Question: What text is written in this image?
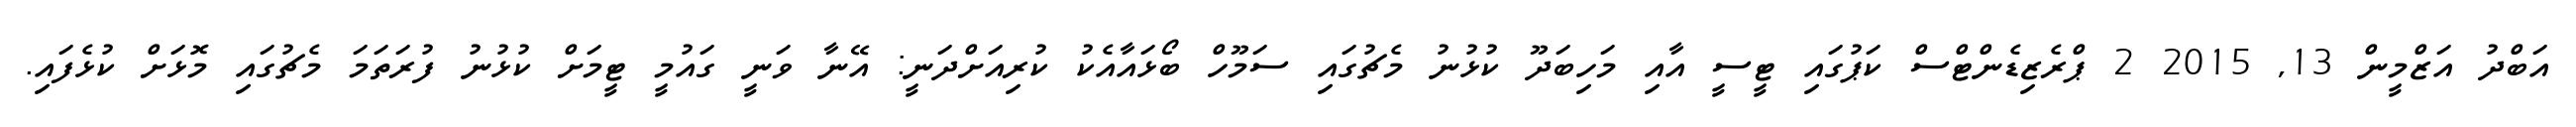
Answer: އަބްދު އަޒްމީން 13, 2015 2 ޕްރެޒިޑެންޓްސް ކަޕުގައި ޓީސީ އާއި މަހިބަދޫ ކުޅުނު މެޗުގައި ސަމޫހް ބޯޅައާއެކު ކުރިއަށްދަނީ: އޭނާ ވަނީ ގައުމީ ޓީމަށް ކުޅުނު ފުރަތަމަ މެޗުގައި މޮޅަށް ކުޅެފައި.